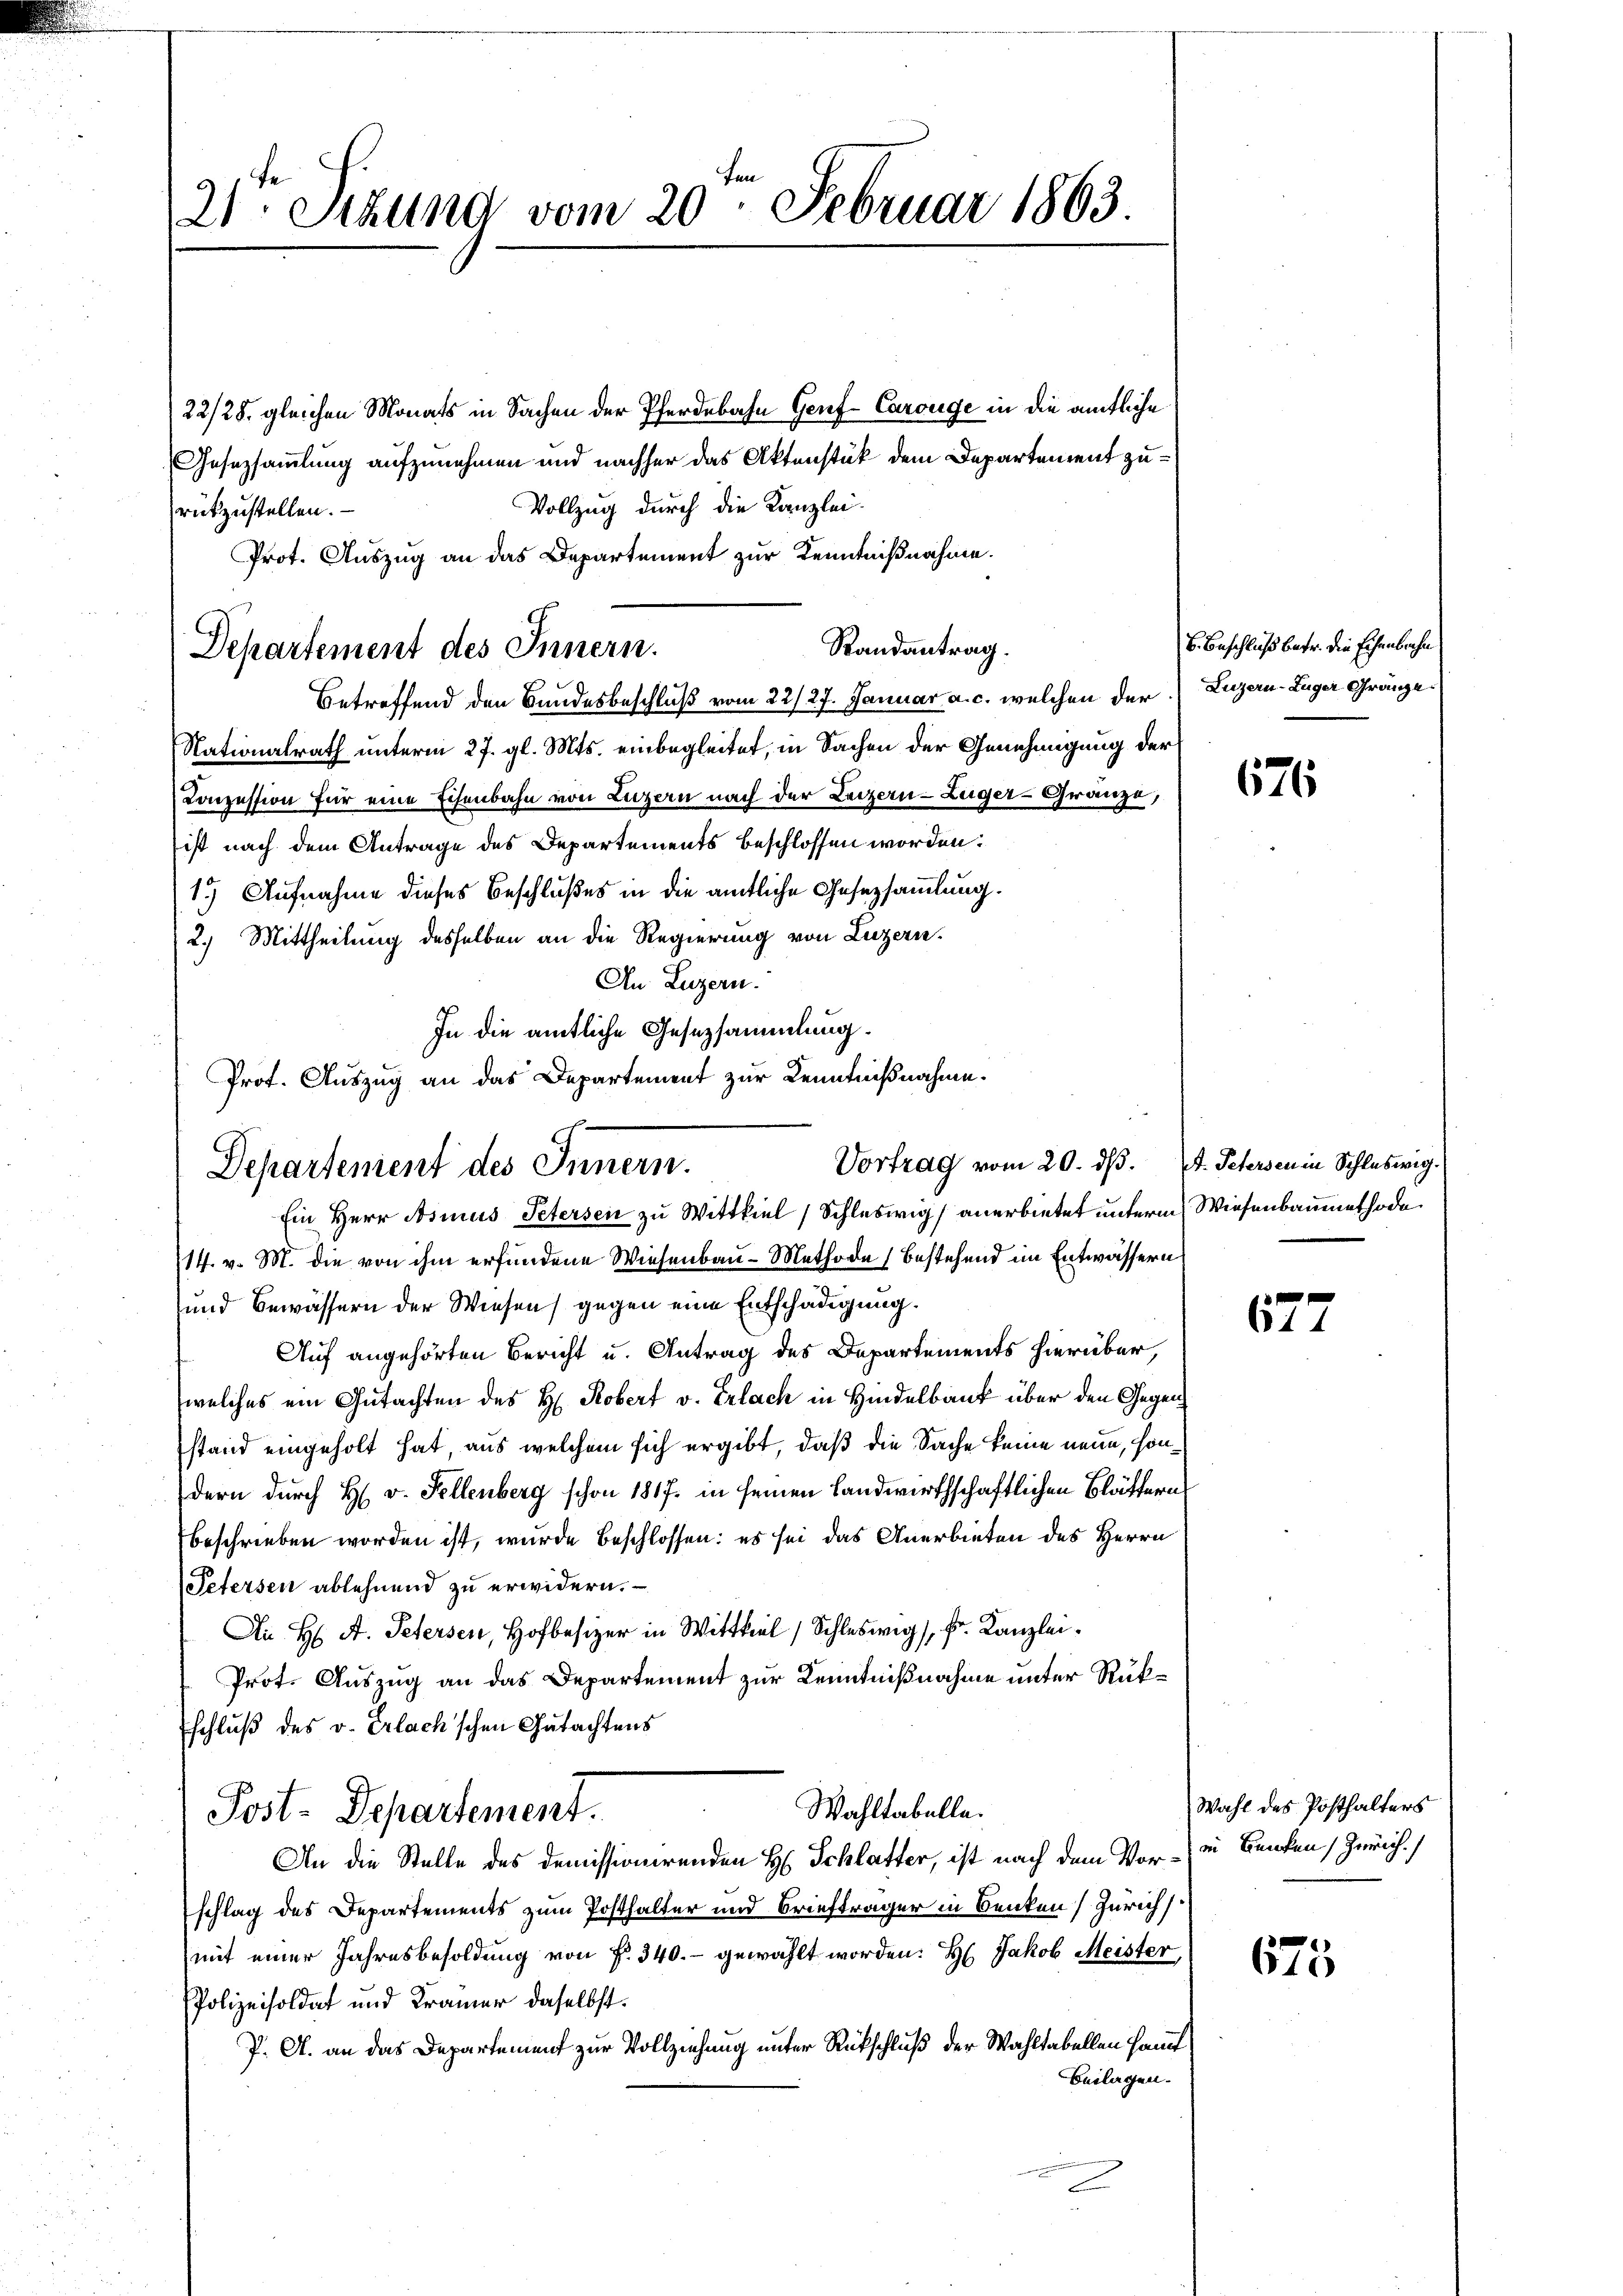
21ten Sekund vom 20. Februar 1863.

22/28. gleichen Monats in Sachen der Pferdebahn Genf Carouge in die ämtliche
Gesetzsammlung aufzunehmen und nachher das Aktenstück dem Departement zu¬
Vollzug durch die Kanzlei.
rükzustellen.
Prot. Auszug an das Departement zur Kenntnißnahme.
Standantrag.
Departement des Innern.
Betreffend den Bundesbeschluß vom 22/27. Januar a. c. welchen der
Nationalrath unterm 27. gl. Mts. einbegleitet, in Sachen der Genehmigung der
Conzession für eine Eisenbahn von Luzern nach der Leizern - Zuger-Granze,
ist nach dem Antrage des Departements beschlossen worden:
1.) Aufnahme dieses Beschlußes in die amtliche Gesetzsammlung.
2.) Mittheilung desselben an die Regierung von Luzern,
An Luzern.
In die amtliche Gesezsammlung.
Prot. Auszug an das Departement zur Kenntnißnahme.

Vortrag vom 20. ds. (T. Petersen in Schleswig.
Departement des Innern.
Ein Herr Asmus Petersen zu Wittkiel (Schleswig anerbietet unterm Wiesenbaumethode

t

(14. v. M. die von ihm erfundene Wiesenbau-Methode bestehend im Entwässern
und Bewässern der Wiesen) gegen eine Entschädigung.
Auf angehörten Bericht u. Antrag des Departements hierüber,
welches ein Gutachten des H. Robert v. Erlach in Hindelbaut über den Gegenstand eingeholt hat, aus welchem sich ergibt, daß die Sache keine neue, sondern durch H. v. Sellenberg schon 1817. in seinen landwirthschaftlichen Blättern
beschrieben worden ist, wurde beschlossen: es sei das Anerbieten des Herrn
Petersen ablehnend zu erwidern.
Ai H. A. Petersen, Hofbesizer in Wittel Schleswig Fr. Kanzlei¬
Prot. Auszug an das Departement zur Kenntnißnahme unter Rükschluß des v. Erlach'schen Gutachtens
Wahltabelle.
Post. Departement.
An die Stelle des demissionirenden H. Schlatter, ist nach dem Vor- in Banken, Zürich.)
schlag des Departements zum Posthalter und Briefträger in Benken (Zürich
mit einer Jahresbesoldung von f. 340.- gewählt worden. Hs. Jakob Meister,
Polizeisoldat und Krämer daselbst.
J. A. an das Departement zur Vollziehung unter Rückschluß der Wahltabellen Haupt
Beilagen.
t

B. Beschluß betr. die Eisenbrachen
Luzern Zuger Gränze

676

677

Wahl des Posthalters

675